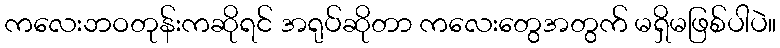
ကလေးဘဝတုန်းကဆိုရင် အရုပ်ဆိုတာ ကလေးတွေအတွက် မရှိမဖြစ်ပါပဲ။